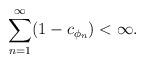
LaTeX: \begin{align*}\sum_{n=1}^{\infty}(1-c_{\phi_{n}})<\infty.\end{align*}